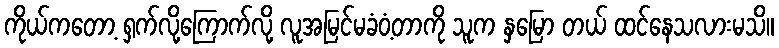
ကိုယ်ကတော့ ရှက်လို့ကြောက်လို့ လူအမြင်မခံဝံ့တာကို သူက နှမြော တယ် ထင်နေသလားမသိ။